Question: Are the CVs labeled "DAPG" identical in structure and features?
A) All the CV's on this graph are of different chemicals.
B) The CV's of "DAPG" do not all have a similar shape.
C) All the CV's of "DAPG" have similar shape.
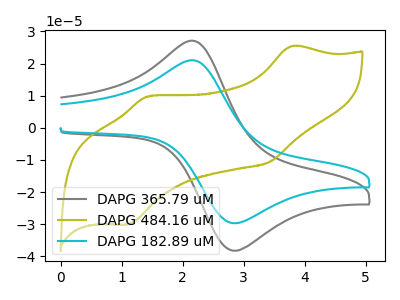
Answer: <think>The gray curve "DAPG 365.79 uM" has an anodic peak at (2.20V, 26.85uA) and a cathodic peak at (2.90V, -38.20uA). The olive curve "DAPG 484.16 uM" has anodic peaks at (3.80V, 25.45uA) (1.45V, 9.80uA) and cathodic peaks at (3.45V, -10.60uA) (1.10V, -30.00uA). The cyan curve "DAPG 182.89 uM" has an anodic peak at (2.20V, 20.85uA) and a cathodic peak at (2.90V, -29.65uA).
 "DAPG 365.79 uM" and "DAPG 484.16 uM" have a different number of peaks. All the peaks in "DAPG 365.79 uM" have a peak in "DAPG 182.89 uM" at the same potential. Every peak in "DAPG 365.79 uM" is higher than every peak in "DAPG 182.89 uM". "DAPG 484.16 uM" and "DAPG 182.89 uM" have a different number of peaks.</think>
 <answer>C) All the CV's of "DAPG" have similar shape.</answer>
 <eval>C</eval>